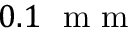
0 . 1 ~ \mathrm { ~ m ~ m ~ }